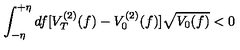
\int _ { - \eta } ^ { + \eta } d f [ V _ { T } ^ { ( 2 ) } ( f ) - V _ { 0 } ^ { ( 2 ) } ( f ) ] \sqrt { V _ { 0 } ( f ) } < 0